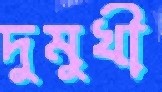
দুমুখী